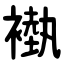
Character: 褹